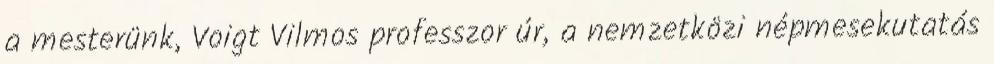
a mesterünk, Voigt Vilmos professzor úr, a nemzetközi népmesekutatás